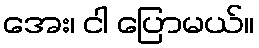
အေး၊ ငါ ပြောမယ်။